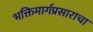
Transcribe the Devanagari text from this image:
भक्तिमार्गप्रसाराचा